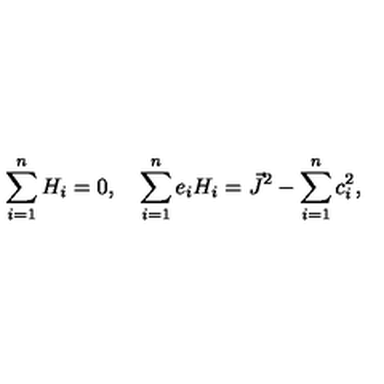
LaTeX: \sum _ { i = 1 } ^ { n } H _ { i } = 0 , \quad \sum _ { i = 1 } ^ { n } e _ { i } H _ { i } = \vec { J } ^ { 2 } - \sum _ { i = 1 } ^ { n } c _ { i } ^ { 2 } ,